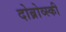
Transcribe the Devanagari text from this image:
दोब्रोव्स्की